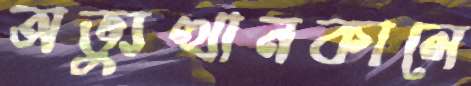
অভ্যুত্থানকালে